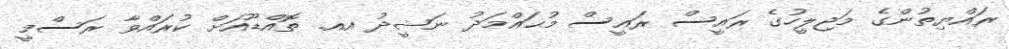
ރައްޔިތުންގެ މަޖިލީހުގެ ރައީސް ރައީސް މުޙައްމަދު ނަޝީދު އއ. ތޮއްޑޫއަށް ކުރައްވާ ރަސްމީ